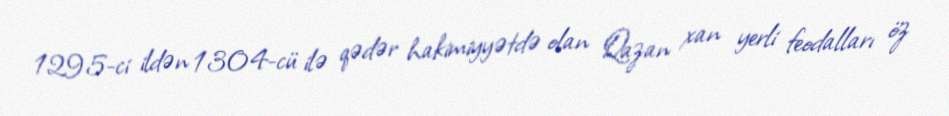
1295-ci ildən 1304-cü ilə qədər hakimiyyətdə olan Qazan xan yerli feodalları öz